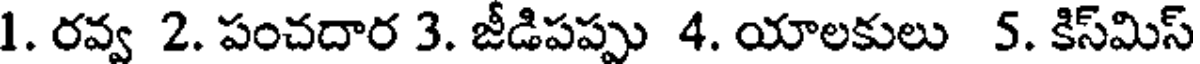
1. రవ్వ 2. పంచదార 3. జీడిపప్పు 4. యాలకులు 5. కిస్మిస్